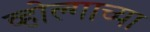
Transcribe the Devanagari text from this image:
व्होल्गाच्या